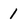
Character: 1